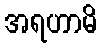
အရဟာမိ